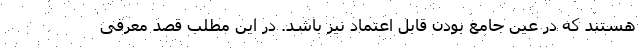
هستند که در عین جامع بودن قابل اعتماد نیز باشد. در این مطلب قصد معرفی